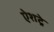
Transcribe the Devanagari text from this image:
ऐशट्रे